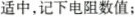
适中，记下电阻数值；